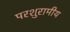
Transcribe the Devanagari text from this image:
परशुरामीय